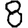
Digit: 8